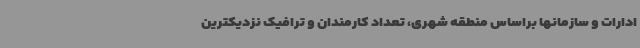
ادارات و سازمانها براساس منطقه شهری، تعداد کارمندان و ترافیک نزدیکترین